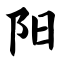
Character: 阳